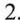
2.